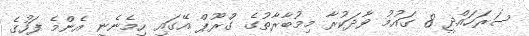
ސަރަހައްދީ 8 ގައުމު ވާދަކުރާ މިމުބާރާތުގެ ގްރޫޕް އޭގައި ހިމެނެނީ އެންމެ ފަހުގެ